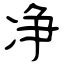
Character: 净